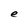
Character: e